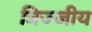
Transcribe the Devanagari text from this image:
त्रिज्जीय